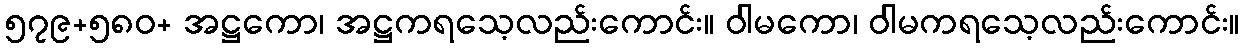
၅၇၉+၅၈၀+ အဋ္ဌကော၊ အဋ္ဌကရသေ့လည်းကောင်း။ ဝါမကော၊ ဝါမကရသေ့လည်းကောင်း။